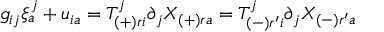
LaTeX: g _ { i j } \xi _ { a } ^ { j } + u _ { i a } = T _ { ( + ) r i } ^ { j } \partial _ { j } X _ { ( + ) r a } = T _ { ( - ) r ^ { \prime } i } ^ { j } \partial _ { j } X _ { ( - ) r ^ { \prime } a }